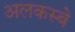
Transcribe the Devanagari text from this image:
अलकस्बे